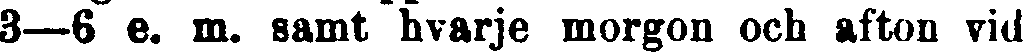
3—6 e. m. samt hvarje morgon och afton vid